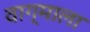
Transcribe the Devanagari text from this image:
वाग्माला